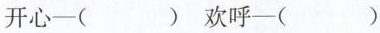
开心-( )欢呼-( )